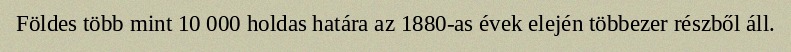
Földes több mint 10 000 holdas határa az 1880-as évek elején többezer részből áll.